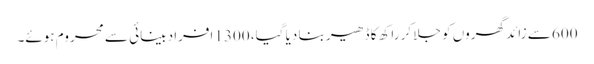
600 سے زائد گھروں کو جلا کر راکھ کا ڈھیر بنا دیا گیا، 1300 افراد بینائی سے محروم ہوئے۔